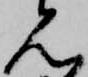
見